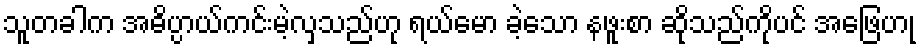
သူတခါက အဓိပ္ပာယ်ကင်းမဲ့လှသည်ဟု ရယ်မော ခဲ့သော နဖူးစာ ဆိုသည်ကိုပင် အဖြေဟု